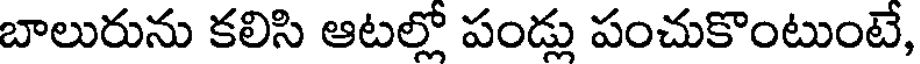
బాలురును కలిసి ఆటల్లో పండ్లు పంచుకొంటుంటే,